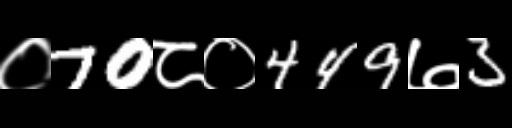
Text: ०70८०449७3